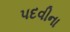
પદવીના